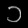
Digit: ၁